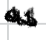
Text: as
Cross-out: zig-zag
Writing tool: digital_black